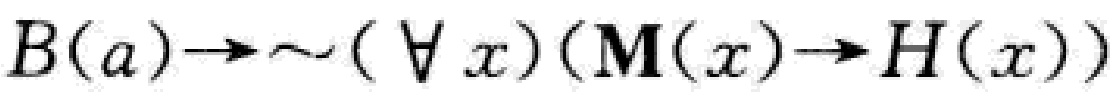
\(B(a)\to\sim(\forall x)(\mathbf{M}(x)\to H(x))\)